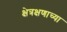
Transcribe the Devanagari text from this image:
क्षेत्रक्षणाच्या